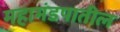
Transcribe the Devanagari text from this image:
महामंडपातील